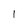
Character: l